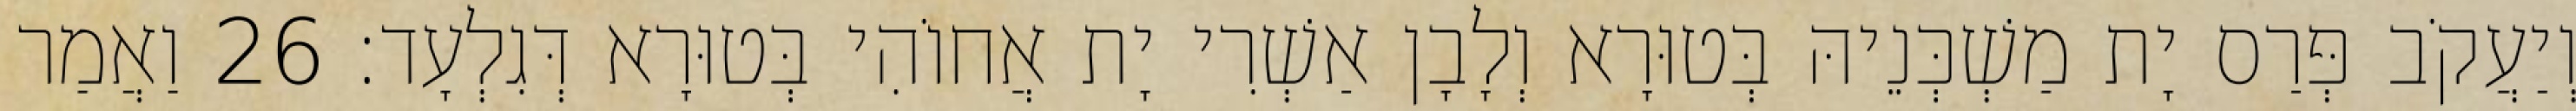
וְיַעֲקֹב פְּרַס יָת מַשְׁכְּנֵיהּ בְּטוּרָא וְלָבָן אַשְׁרִי יָת אֲחוֹהִי בְּטוּרָא דְּגִלְעָד׃ 26 וַאֲמַר